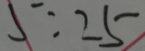
5 : 2 5